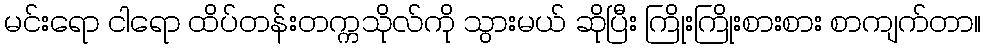
မင်းရော ငါရော ထိပ်တန်းတက္ကသိုလ်ကို သွားမယ် ဆိုပြီး ကြိုးကြိုးစားစား စာကျက်တာ။